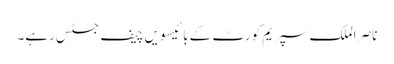
ناصر الملک سپریم کورٹ کے بائیسویں چیف جسٹس رہے۔